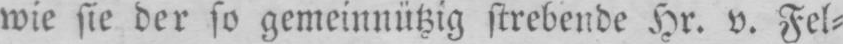
wie sie der so gemeinnützig strebende Hr. v. Fel⸗